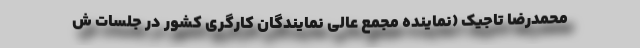
محمدرضا تاجیک (نماینده مجمع عالی نمایندگان کارگری کشور در جلسات ش